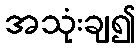
အသုံးချ၍